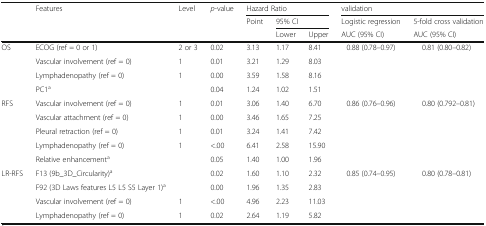
| <ROWSPAN=3>  | <ROWSPAN=3> Features | <ROWSPAN=3> Level | <ROWSPAN=3> p-value | <COLSPAN=3> Hazard Ratio | <COLSPAN=2> validation |
 | <ROWSPAN=2> Point | <COLSPAN=2> 95% CI | Logistic regression | 5-fold cross validation |
 | Lower | Upper | AUC (95% CI) | AUC (95% CI) |
 | --- | --- | --- | --- | --- | --- | --- | --- | --- |
 | <ROWSPAN=4> OS | ECOG (ref = 0 or 1) | 2 or 3 | 0.02 | 3.13 | 1.17 | 8.41 | <ROWSPAN=4> 0.88 (0.78–0.97) | <ROWSPAN=4> 0.81 (0.80–0.82) |
 | Vascular involvement (ref = 0) | 1 | 0.01 | 3.21 | 1.29 | 8.03 |
 | Lymphadenopathy (ref = 0) | 1 | 0.00 | 3.59 | 1.58 | 8.16 |
 | PC1a |  | 0.04 | 1.24 | 1.02 | 1.51 |
 | <ROWSPAN=5> RFS | Vascular involvement (ref = 0) | 1 | 0.01 | 3.06 | 1.40 | 6.70 | <ROWSPAN=5> 0.86 (0.76–0.96) | <ROWSPAN=5> 0.80 (0.792–0.81) |
 | Vascular attachment (ref = 0) | 1 | 0.00 | 3.46 | 1.65 | 7.25 |
 | Pleural retraction (ref = 0) | 1 | 0.01 | 3.24 | 1.41 | 7.42 |
 | Lymphadenopathy (ref = 0) | 1 | <.00 | 6.41 | 2.58 | 15.90 |
 | Relative enhancementa |  | 0.05 | 1.40 | 1.00 | 1.96 |
 | <ROWSPAN=4> LR-RFS | F13 (9b_3D_Circularity)a |  | 0.02 | 1.60 | 1.10 | 2.32 | <ROWSPAN=4> 0.85 (0.74–0.95) | <ROWSPAN=4> 0.80 (0.78–0.81) |
 | F92 (3D Laws features L5 L5 S5 Layer 1)a |  | 0.00 | 1.96 | 1.35 | 2.83 |
 | Vascular involvement (ref = 0) | 1 | <.00 | 4.96 | 2.23 | 11.03 |
 | Lymphadenopathy (ref = 0) | 1 | 0.02 | 2.64 | 1.19 | 5.82 |